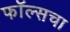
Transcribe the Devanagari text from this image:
फॉल्सचा